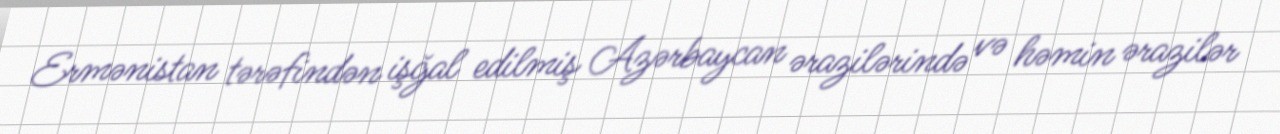
Ermənistan tərəfindən işğal edilmiş Azərbaycan ərazilərində və həmin ərazilər